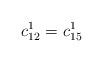
LaTeX: \begin{align*}c_{12}^1=c_{15}^1\end{align*}